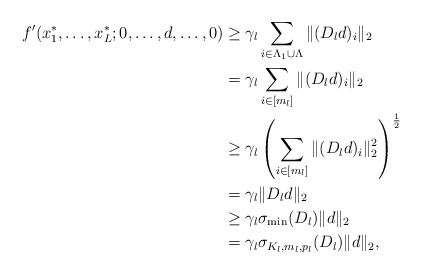
\begin{align*}f'(x_1^*,\ldots,x_L^*;0,\ldots,d,\ldots,0) &\ge\gamma_l\sum_{i\in\Lambda_1\cup\Lambda}\|(D_ld)_i\|_2\\&=\gamma_l\sum_{i\in[m_l]}\|(D_ld)_i\|_2\\&\ge\gamma_l\left(\sum_{i\in[m_l]}\|(D_ld)_i\|_2^2\right)^\frac{1}{2}\\&=\gamma_l\|D_ld\|_2\\&\ge\gamma_l\sigma_{\min}(D_l)\|d\|_2\\&=\gamma_l\sigma_{K_l,m_l,p_l}(D_l)\|d\|_2,\end{align*}